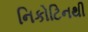
નિકોટિનથી